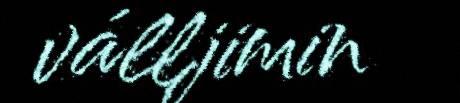
válljimin